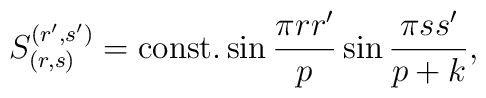
S_{(r,s)}^{(r',s')}={\rm const.}\sin{\pi rr'\over{p}} \sin{\pi ss'\over{p+k}},